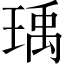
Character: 瑀